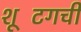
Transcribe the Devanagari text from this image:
शूटिंगची